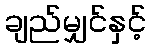
ချည်မျှင်နှင့်